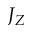
J _ { Z }